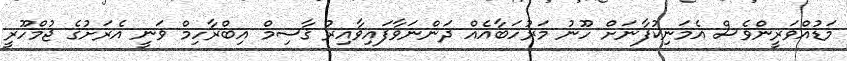
މަޑުއްވަރީންވެސް އެމަނިކުފާނަށް ހޫނު މަރުހަބާއެއް ދަންނަވާފައިވާއިރު ޤާސިމް އިބްރާހިމް ވަނީ އެރަށުގެ ޖުމްހޫރީ